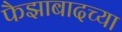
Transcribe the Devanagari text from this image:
फैझाबादच्या